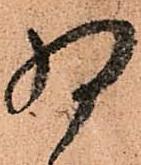
将